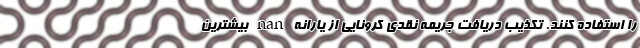
را استفاده کنند. تکذیب دریافت جریمه نقدی کرونایی از یارانه nan بیشترین